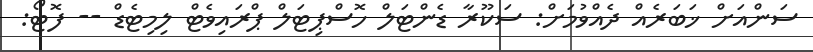
ސަންއަށް ޚަބަރެއް ދެއްވުމަށް: ސަކޫރާ ޑެންޓަލް ހޮސްޕިޓަލް ޕްރައިވެޓް ލިމިޓެޑް -- ފޮޓޯ: